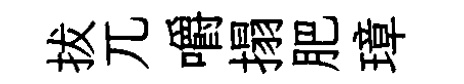
拔兀嚼搨肥璋